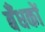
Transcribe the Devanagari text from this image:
बँधकों